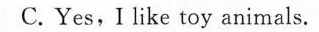
C. Yes, I like toy animals.